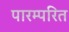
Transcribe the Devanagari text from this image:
पारम्परित